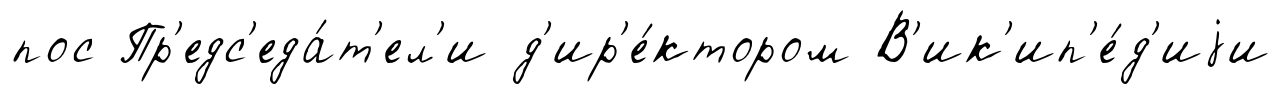
пос Пр'едс'еда́т'ел'и д'ир'е́ктором В'ик'ип'е́д'иjи